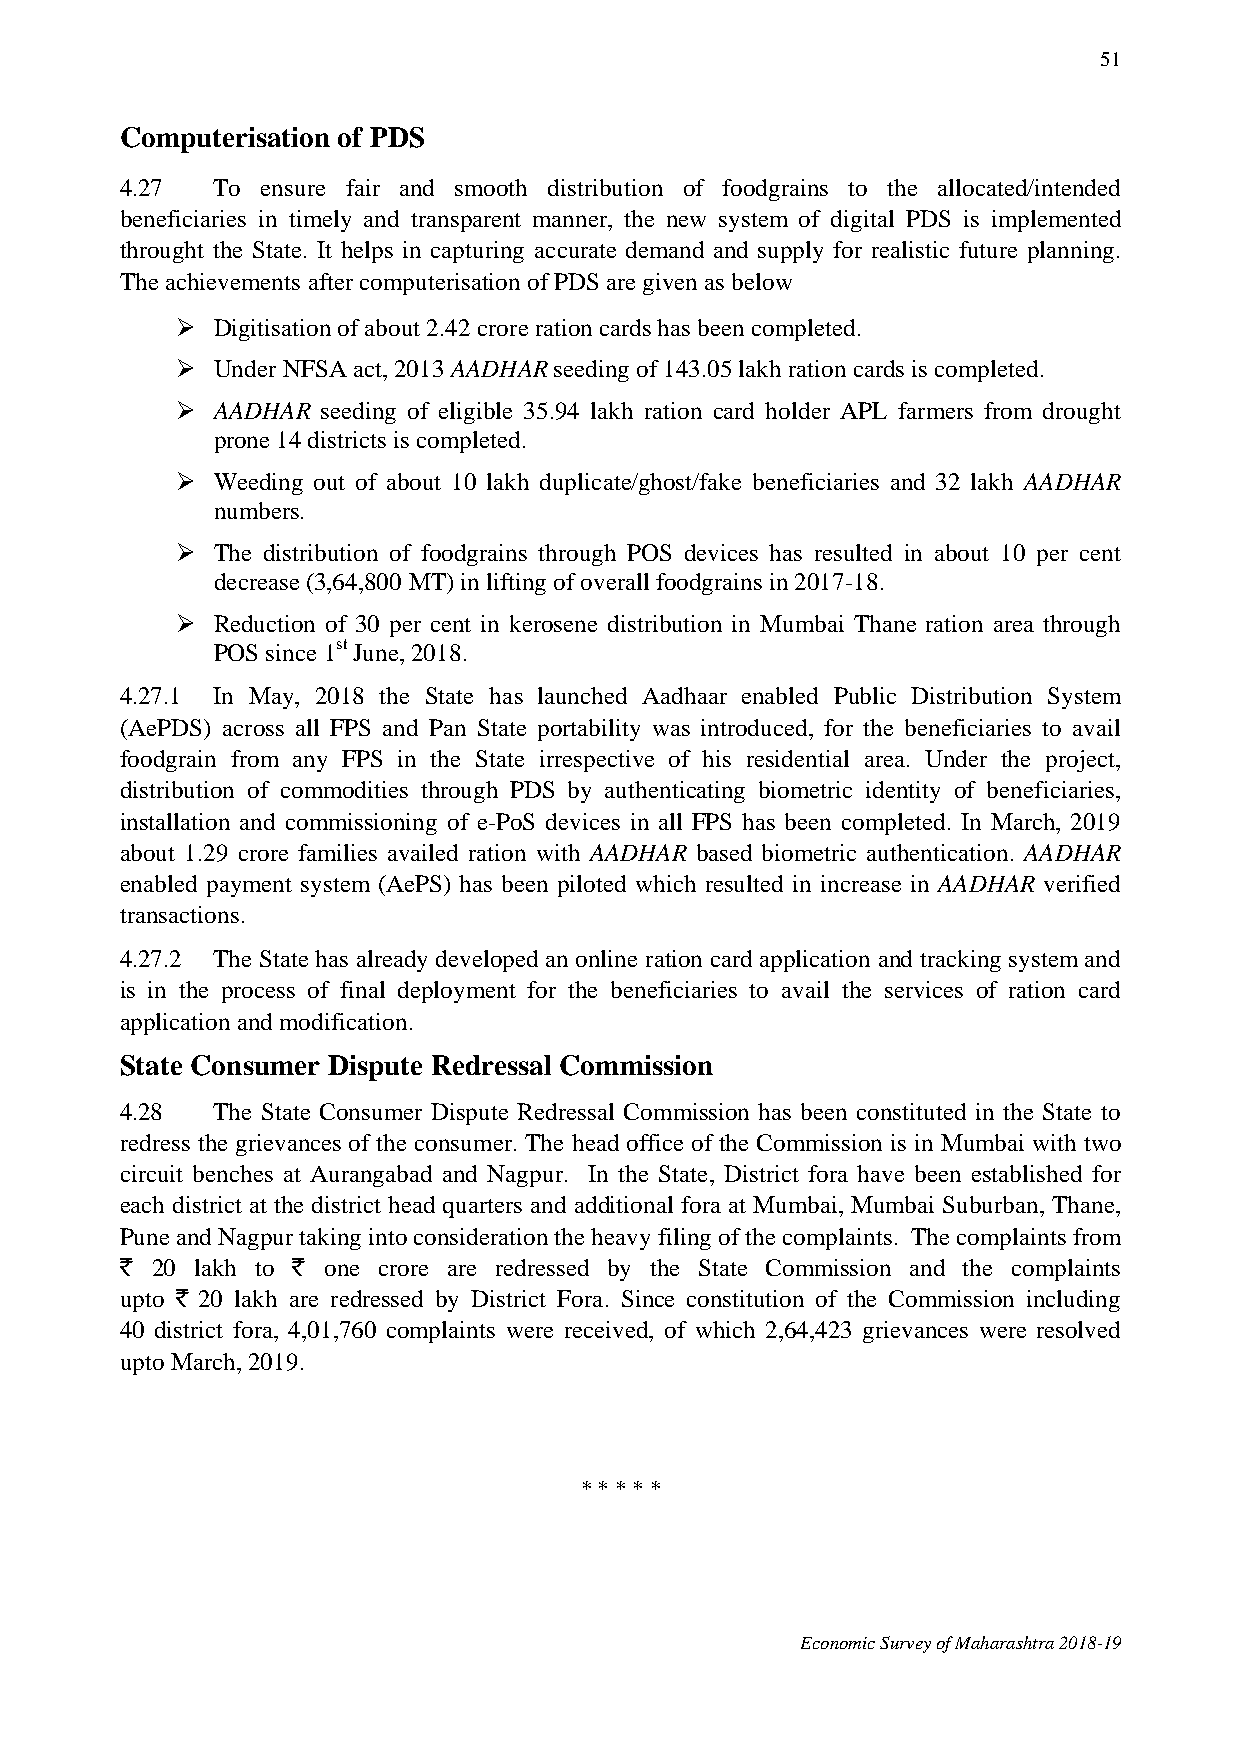
51
 Computerisation of PDS
 4.27  To ensure fair and smooth distribution of foodgrains to the allocated/intended
 beneficiaries in timely and transparent manner, the new system of digital PDS is implemented
 throught the State. It helps in capturing accurate demand and supply for realistic future planning.
 The achievements after computerisation of PDS are given as below
  Digitisation of about 2.42 crore ration cards has been completed.
  Under NFSA act, 2013 AADHAR seeding of 143.05 lakh ration cards is completed.
  AADHAR seeding of eligible 35.94 lakh ration card holder APL farmers from drought
 prone 14 districts is completed.
  Weeding out of about 10 lakh duplicate/ghost/fake beneficiaries and 32 lakh AADHAR
 numbers.
  The distribution of foodgrains through POS devices has resulted in about 10 per cent
 decrease (3,64,800 MT) in lifting of overall foodgrains in 2017-18.
  Reduction of 30 per cent in kerosene distribution in Mumbai Thane ration area through
 POS since 1st June, 2018.
 4.27.1 In May, 2018 the State has launched Aadhaar enabled Public Distribution System
 (AePDS) across all FPS and Pan State portability was introduced, for the beneficiaries to avail
 foodgrain from any FPS in the State irrespective of his residential area. Under the project,
 distribution of commodities through PDS by authenticating biometric identity of beneficiaries,
 installation and commissioning of e-PoS devices in all FPS has been completed. In March, 2019
 about 1.29 crore families availed ration with AADHAR based biometric authentication. AADHAR
 enabled payment system (AePS) has been piloted which resulted in increase in AADHAR verified
 transactions.
 4.27.2 The State has already developed an online ration card application and tracking system and
 is in the process of final deployment for the beneficiaries to avail the services of ration card
 application and modification.
 State Consumer Dispute Redressal Commission
 4.28  The State Consumer Dispute Redressal Commission has been constituted in the State to
 redress the grievances of the consumer. The head office of the Commission is in Mumbai with two
 circuit benches at Aurangabad and Nagpur. In the State, District fora have been established for
 each district at the district head quarters and additional fora at Mumbai, Mumbai Suburban, Thane,
 Pune and Nagpur taking into consideration the heavy filing of the complaints. The complaints from
 ` 20 lakh to ` one crore are redressed by the State Commission and the complaints
 upto ` 20 lakh are redressed by District Fora. Since constitution of the Commission including
 40 district fora, 4,01,760 complaints were received, of which 2,64,423 grievances were resolved
 upto March, 2019.
 * * * * *
 Economic Survey of Maharashtra 2018-19